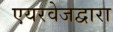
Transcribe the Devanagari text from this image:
एयरवेजद्वारा